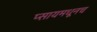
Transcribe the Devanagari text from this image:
प्सायमधूनच